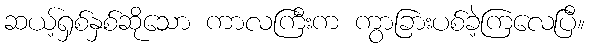
ဆယ့်ရှစ်နှစ်ဆိုသော ကာလကြီးက ကွာခြားပစ်ခဲ့ကြလေပြီ။